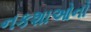
નકશાઓનો